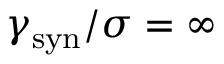
\gamma _ { \mathrm { s y n } } / \sigma = \infty